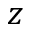
z